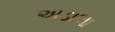
અડાલા